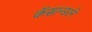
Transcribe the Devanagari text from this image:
कॅसान्डरने